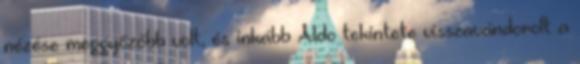
nézése meggyőzőbb volt, és inkább Aldo tekintete visszavándorolt a